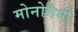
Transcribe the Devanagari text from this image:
मोनोगैमी